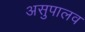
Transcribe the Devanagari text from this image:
असुपालव